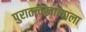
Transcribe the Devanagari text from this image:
पुरातत्त्वखात्याला